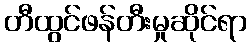
တီထွင်ဖန်တီးမှုဆိုင်ရာ